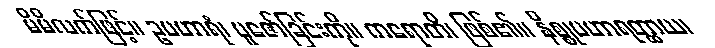
မိမိလက်ဖြင့်။ ဥပဟာရံ၊ ပူဇော်ခြင်းကို။ ကရောတိ၊ ဖြစ်၏။ နိစ္စုပဟာရတ္ထာယ၊